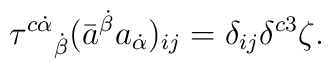
\tau^{c\dot\alpha}{}_{\dot\beta}(\bar a^{\dot\beta}a_{\dot\alpha})_{ij}=\delta_{ij}\delta^{c3}\zeta.